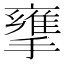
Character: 𢶜